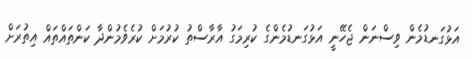
އަޅުގަނޑުމެން ވިސްނަން ޖެހޭނީ އަޅުގަނޑުމެންގެ ކުރިމަގު އާރާސްތު ކުރުމަށް ކުރެވެމުންދާ ކަންތައްތައް އިތުރަށް